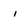
Character: i